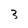
Character: 3